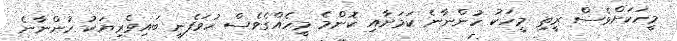
މީހަކަށްވެސް ރީތި މީހަކު ހުންނާނެ ކަމަށާއި ކޮންމެ މީހެއްގެވެސް ހުވަފެނީ ބައިވެރިޔަކު ހުންނާނެ